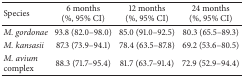
<table><thead><tr><td><b>Species</b></td><td><b>6 months(%, 95% CI)</b></td><td><b>12 months(%, 95% CI)</b></td><td><b>24 months(%, 95% CI)</b></td></tr></thead><tbody><tr><td><i>M. gordonae </i></td><td>93.8 (82.0–98.0)</td><td>85.0 (91.0–92.5)</td><td>80.3 (65.5–89.3)</td></tr><tr><td><i>M. kansasii </i></td><td>87.3 (73.9–94.1)</td><td>78.4 (63.5–87.8)</td><td>69.2 (53.6–80.5)</td></tr><tr><td><i>M. avium </i>complex</td><td>88.3 (71.7–95.4)</td><td>81.7 (63.7–91.4)</td><td>72.9 (52.9–94.4)</td></tr></tbody></table>